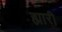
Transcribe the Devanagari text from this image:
ह्मारी